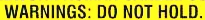
WARNINGS: DO NOT HOLD.